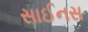
સાઈનસ